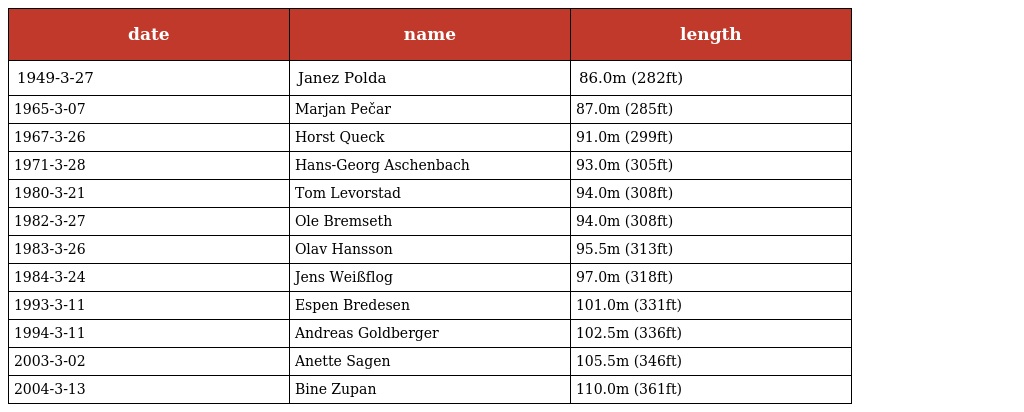
| date | name | length |
 | --- | --- | --- |
 | 1949-3-27 | Janez Polda | 86.0m (282ft) |
 | 1965-3-07 | Marjan Pečar | 87.0m (285ft) |
 | 1967-3-26 | Horst Queck | 91.0m (299ft) |
 | 1971-3-28 | Hans-Georg Aschenbach | 93.0m (305ft) |
 | 1980-3-21 | Tom Levorstad | 94.0m (308ft) |
 | 1982-3-27 | Ole Bremseth | 94.0m (308ft) |
 | 1983-3-26 | Olav Hansson | 95.5m (313ft) |
 | 1984-3-24 | Jens Weißflog | 97.0m (318ft) |
 | 1993-3-11 | Espen Bredesen | 101.0m (331ft) |
 | 1994-3-11 | Andreas Goldberger | 102.5m (336ft) |
 | 2003-3-02 | Anette Sagen | 105.5m (346ft) |
 | 2004-3-13 | Bine Zupan | 110.0m (361ft) |